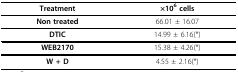
<table><thead><tr><td><b>Treatment</b></td><td><b>×10<sup>6 </sup>cells</b></td></tr></thead><tbody><tr><td><b>Non treated</b></td><td>66.01 ± 16.07</td></tr><tr><td><b>DTIC</b></td><td>14.99 ± 6.16(*)</td></tr><tr><td><b>WEB2170</b></td><td>15.38 ± 4.26(*)</td></tr><tr><td><b>W + D</b></td><td>4.55 ± 2.16(*)</td></tr></tbody></table>